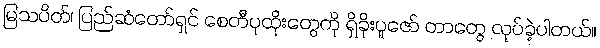
မြသပိတ်၊ ပြည်ဆံတော်ရှင် စေတီပုထိုးတွေကို ရှိခိုးပူဇော် တာတွေ လုပ်ခဲ့ပါတယ်။